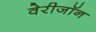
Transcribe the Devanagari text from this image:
वेरीजॉन